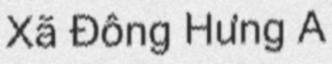
Xã Đông Hưng A